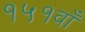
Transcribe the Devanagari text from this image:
१५१वाँ